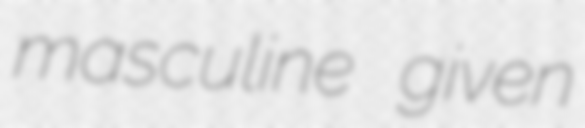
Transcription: masculine given